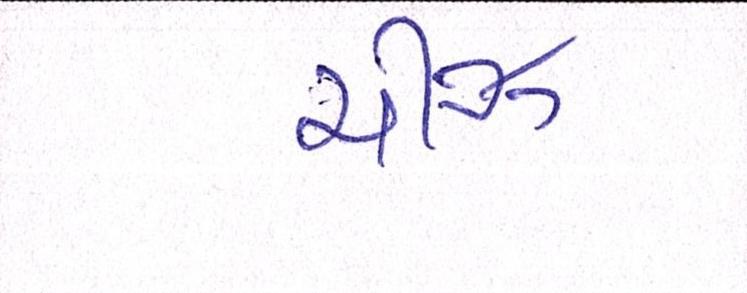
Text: ચીઝ